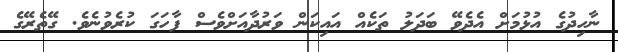
ނާހިދުގެ އުޅުމަށް އެދެވޭ ބަދަލު ތަކެއް އައިކަން ވަރުދާއަށްވެސް ފާހަގަ ކުރެވުނެވެ. ގޭތެރޭގެ